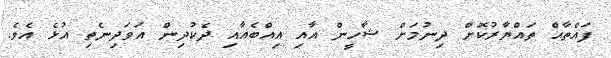
ފައްތާޙް ތައްޔާރުކޮށް ދިނުމަށް ޝާހީން އާއި އިއްބެއާއި ދެކުދިން އަވަދިނެތި އުޅެ އެވެ.